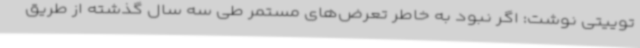
توییتی نوشت: اگر نبود به خاطر تعرض‌های مستمر طی سه سال گذشته از طریق